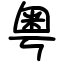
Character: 粤